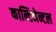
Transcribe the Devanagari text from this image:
कान्टिनेन्टल